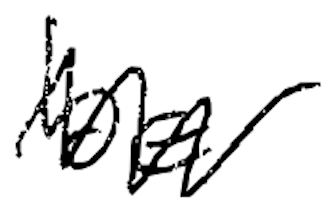
Text: be
Cross-out: zig-zag
Writing tool: digital_black